Report on vaccination North-West Frontier Province 1904-1922 - 1904-1922
Year: 1904
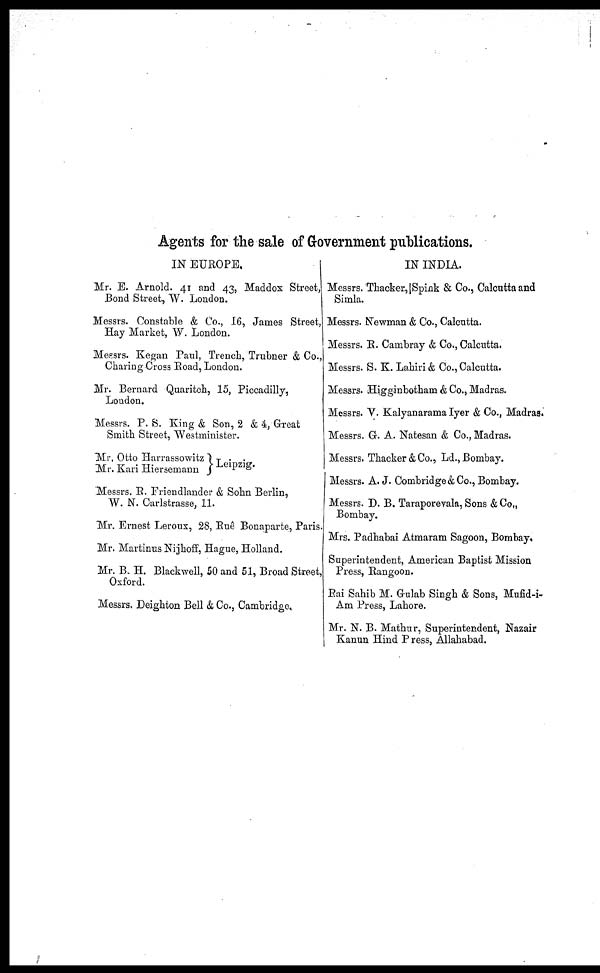
Agents for the sale of Government publications.
IN EUROPE.
Mr. E. Arnold. 41 and 43, Maddox Street,
Bond Street, W. London.
Messrs. Constable & Co., 16, James Street,
Hay Market, W. London.
Messrs. Kegan Paul, Trench, Trubner & Co.,
Charing Cross Road, London.
Mr. Bernard Quaritch, 15, Piccadilly,
London.
Messrs. P. S. King & Son, 2 & 4, Great
Smith Street, Westminister.
Mr. Otto Harrassowitz
Mr. Kari Hiersemann
Leipzig.
Messrs. R. Friendlander & Sohn Berlin,
W. N. Carlstrasse, 11.
Mr. Ernest Leroux, 28, Ruê Bonaparte, Paris.
Mr. Martinus Nijhoff, Hague, Holland.
Mr. B. H. Blackwell, 50 and 51, Broad Street,
Oxford.
Messrs. Deighton Bell & Co., Cambridge,
IN INDIA.
Messrs. Thacker, Spink & Co., Calcutta and
Simla.
Messrs. Newman & Co., Calcutta.
Messrs. R. Cambray & Co., Calcutta.
Messrs. S. K. Lahiri & Co., Calcutta.
Messrs. Higginbotham & Co., Madras.
Messrs. V. Kalyanarama Iyer & Co., Madras.
Messrs. G. A. Natesan & Co., Madras.
Messrs. Thacker & Co., Ld., Bombay.
Messrs. A. J. Combridge & Co., Bombay.
Messrs. D. B. Taraporevala, Sons & Co.,
Bombay.
Mrs. Padhabai Atmaram Sagoon, Bombay.
Superintendent, American Baptist Mission
Press, Rangoon.
Rai Sahib M. Gulab Singh & Sons, Mufid-i-
Am Press, Lahore.
Mr. N. B. Mathur, Superintendent, Nazair
Kanun Hind Press, Allahabad.